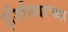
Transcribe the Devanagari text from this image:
इंजिनियरच्या